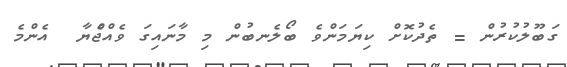
ގަބޫލުކުރުން = ތެދުކޮށް ކިޔަމަންވެ ބޯލެނބުން މި މާނައިގަ ވެއްޖެެްޔާ  އެންމެ